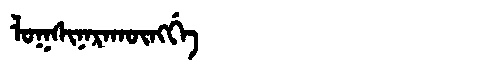
Manchu: ᠯᠣᡴᠰᡳᠨᠠᡵᠠᡴᡡᠩᡤᡝ
Romanization: LOKSINARAKŪNGGE